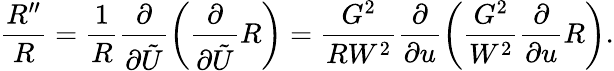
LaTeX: \frac{R^{\prime\prime}}{R}=\frac{1}{R}\frac{\partial}{\partial\tilde{U}}\left(\frac{\partial}{\partial\tilde{U}}R\right)=\frac{G^{2}}{RW^{2}}\frac{\partial}{\partial u}\left(\frac{G^{2}}{W^{2}}\frac{\partial}{\partial u}R\right).